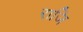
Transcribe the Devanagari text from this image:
राजि